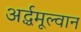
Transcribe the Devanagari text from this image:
अर्द्धमूल्वान